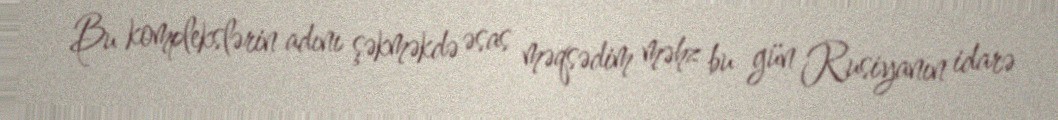
Bu komplekslərin adını şəkməkdə əsas məqsədim məhz bu gün Rusiyanın idarə